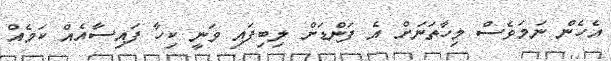
އެހެން ނަމަވެސް މިހާތަނަށް އެ ފަންޑަށް ލިބިފައި ވަނީ ކިހާ ފައިސާއެއް ކަމެއް